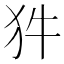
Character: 𭷽